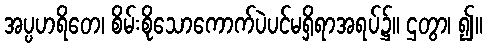
အပ္ပဟရိတေ၊ စိမ်းစိုသောကောက်ပဲပင်မရှိရာအရပ်၌။ ဌတွာ၊ ၍။